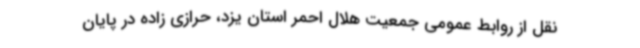
نقل از روابط عمومی جمعیت هلال احمر استان یزد، حرازی زاده در پایان